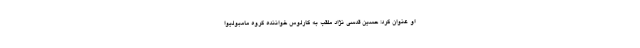
او عنوان کرد: حسین قدسی نژاد ملقب به کارلوس خواننده گروه مامبولیوا